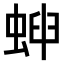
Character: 𧌫